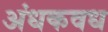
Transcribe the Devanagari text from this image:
अंधकवध